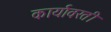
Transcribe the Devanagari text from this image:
कार्यावरती